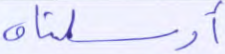
أرسلناه